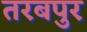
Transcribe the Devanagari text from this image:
तरबपुर